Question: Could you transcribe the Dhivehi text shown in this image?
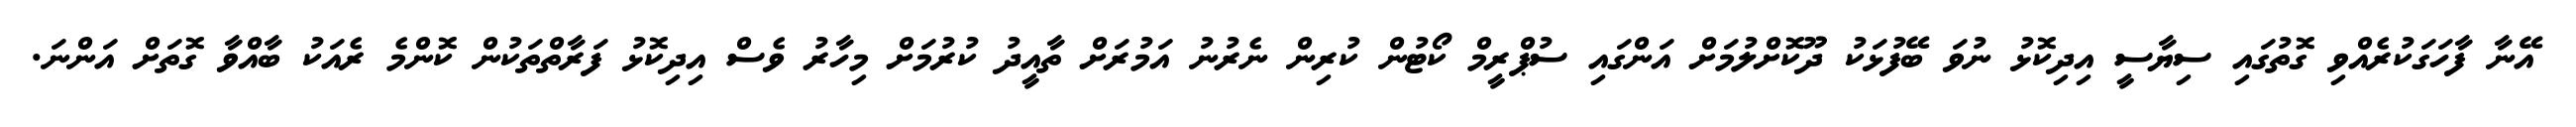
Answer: އޭނާ ފާހަގަކުރެއްވި ގޮތުގައި ސިޔާސީ އިދިކޮޅު ނުވަ ބޭފުޅަކު ދޫކޮށްލުމަށް އަންގައި ސުޕްރީމް ކޯޓުން ކުރިން ނެރުނު އަމުރަށް ތާއީދު ކުރުމަށް މިހާރު ވެސް އިދިކޮޅު ފަރާތްތަކުން ކޮންމެ ރެއަކު ބާއްވާ ގޮތަށް އަންނަ.